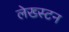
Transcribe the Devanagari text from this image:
लेख्स्टन